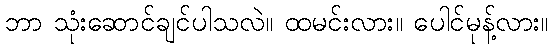
ဘာ သုံးဆောင်ချင်ပါသလဲ။ ထမင်းလား။ ပေါင်မုန့်လား။